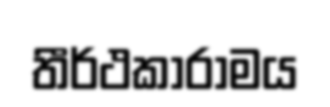
තීර්ථකාරාමය